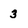
Character: 3